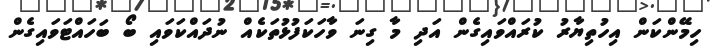
ހިމޭންކަން އިހުތިޔާރު ކުރައްވައިގެން އަދި މާ ގިނަ ވާހަކަފުޅުތަކެއް ނުދައްކަވައި ބޯ ބަހައްޓަވައިގެން